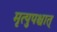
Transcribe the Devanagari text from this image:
मृत्युपश्चात्‌